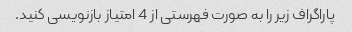
پاراگراف زیر را به صورت فهرستی از 4 امتیاز بازنویسی کنید.